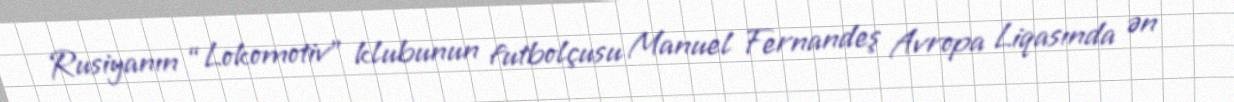
Rusiyanın “Lokomotiv” klubunun futbolçusu Manuel Fernandeş Avropa Liqasında ən